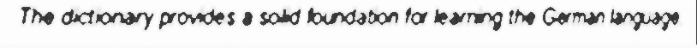
The dictionary provides a solid foundation for learning the German language.